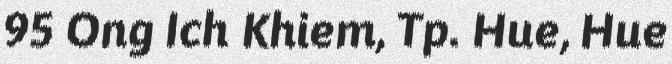
95 Ong Ich Khiem, Tp. Hue, Hue